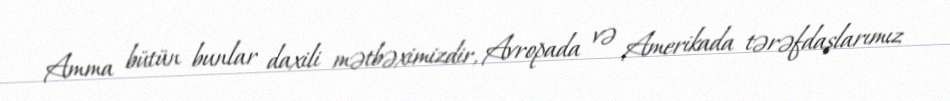
Amma bütün bunlar daxili mətbəximizdir, Avropada və Amerikada tərəfdaşlarımız